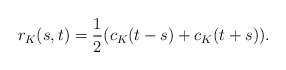
\begin{align*}r_K(s,t)=\frac{1}{2}(c_K(t-s)+c_K(t+s)).\end{align*}